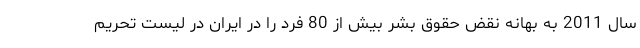
سال 2011 به بهانه نقض حقوق بشر بیش از 80 فرد را در ایران در لیست تحریم